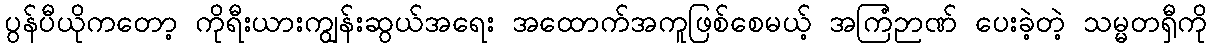
ပွန်ပီယိုကတော့ ကိုရီးယားကျွန်းဆွယ်အရေး အထောက်အကူဖြစ်စေမယ့် အကြံဉာဏ် ပေးခဲ့တဲ့ သမ္မတရှီကို